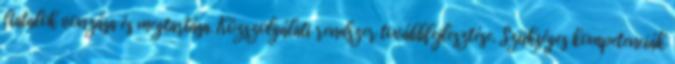
fiatalok vonzása és megtartása. Közszolgálati rendszer továbbfejlesztése. Szükséges kompetenciák